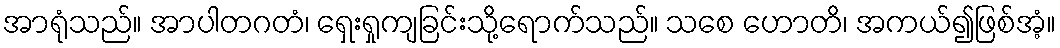
အာရုံသည်။ အာပါတဂတံ၊ ရှေးရှုကျခြင်းသို့ရောက်သည်။ သစေ ဟောတိ၊ အကယ်၍ဖြစ်အံ့။